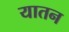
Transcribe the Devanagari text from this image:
यातन